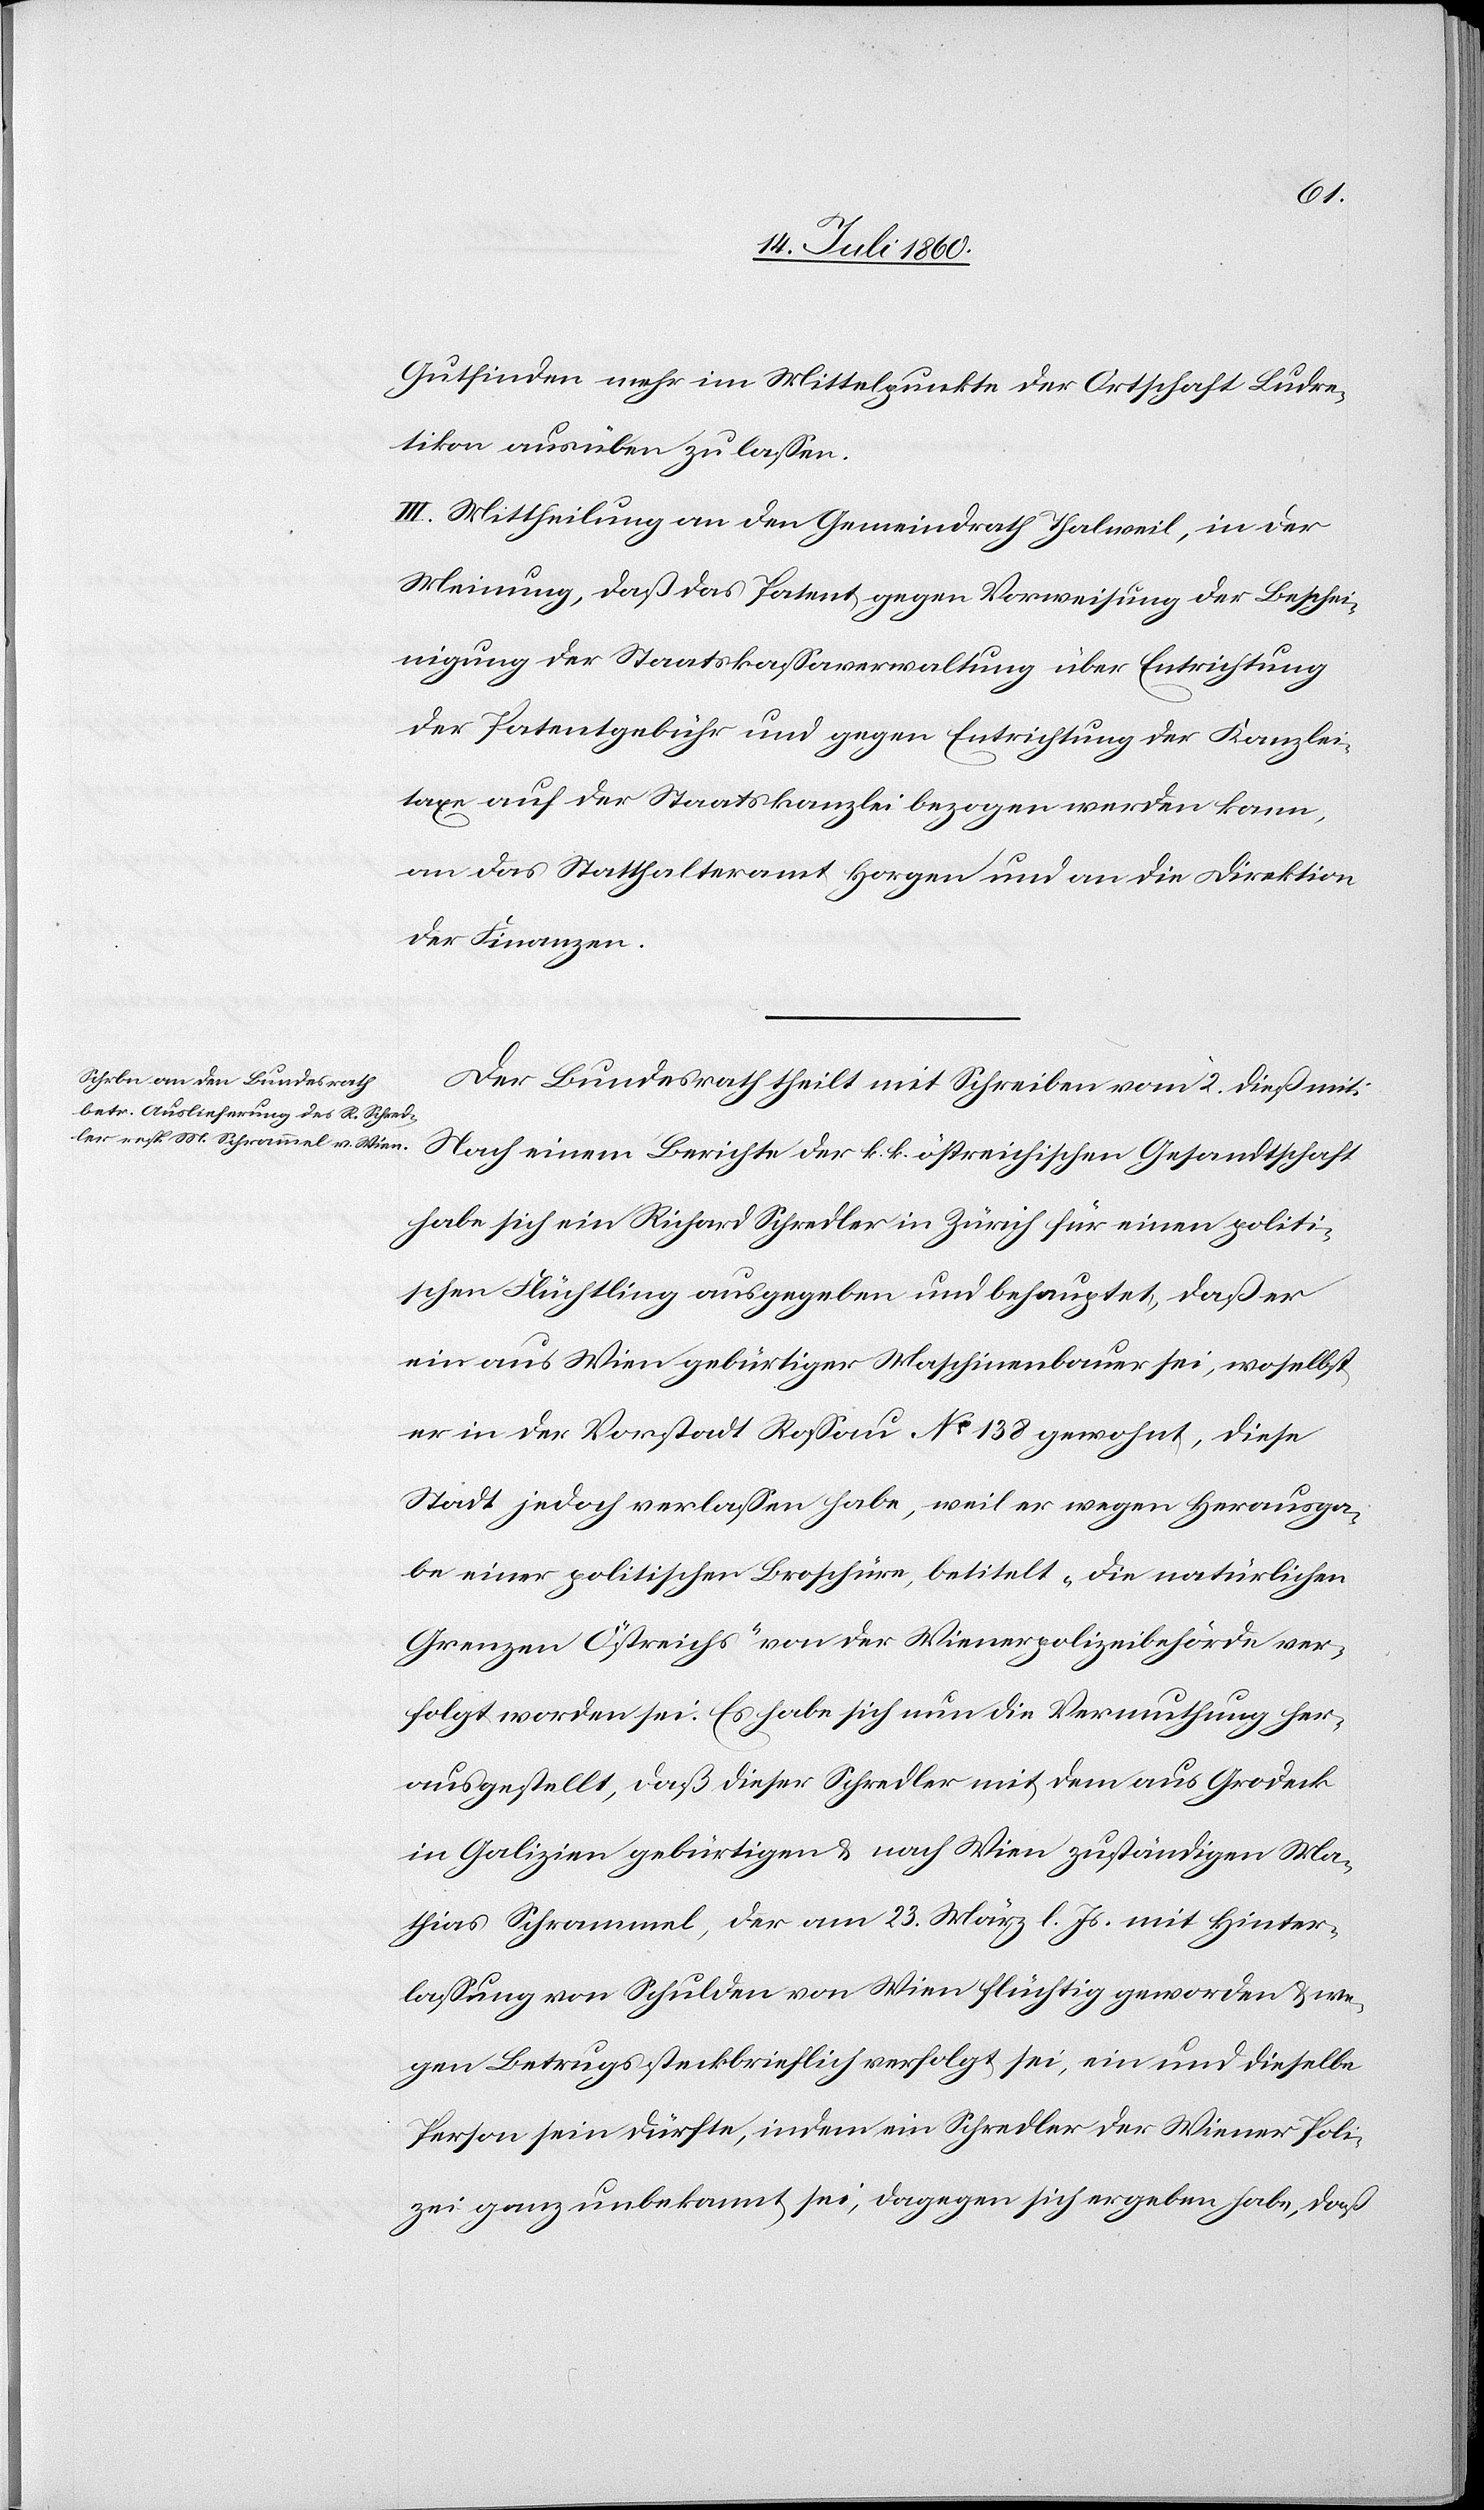
Gutfinden mehr im Mittelpunkte der Ortschaft Ludre¬
tikon ausüben zu lassen.
III. Mittheilung an den Gemeindrath Thalweil, in der
Meinung, daß das Patent gegen Vorweisung der Beschei¬
nigung der Staatskassaverwaltung über Entrichtung
der Patentgebühr und gegen Entrichtung der Kanzlei¬
taxe auf der Staatskanzlei bezogen werden kann,
an das Statthalteramt Horgen und an die Direktion
der Finanzen.
Der Bundesrath theilt mit Schreiben vom 2. dieß mit:
Nach einem Berichte der k. k. östreichischen Gesandtschaft
habe sich ein Richard Schredler in Zürich für einen politi¬
schen Flüchtling ausgegeben und behauptet, daß er
ein aus Wien gebürtiger Maschinenbauer sei, woselbst
er in der Vorstadt Rossau No. 138 gewohnt, diese
Stadt jedoch verlassen habe, weil er wegen Herausga¬
be einer politischen Broschüre, betitelt „Die natürlichen
Grenzen Östreichs“ von der Wienerpolizeibehörde ver¬
folgt worden sei. Es habe sich nun die Vermuthung her¬
ausgestellt, daß dieser Schredler mit dem aus Grodeck
in Galizien gebürtigen & nach Wien zuständigen Ma¬
thias Schrammel, der am 23. März l. Js. mit Hinter¬
lassung von Schulden von Wien flüchtig geworden & we¬
gen Betrugs steckbrieflich verfolgt sei, ein und dieselbe
Person sein dürfte, indem ein Schredler der Wiener Poli¬
zei ganz unbekannt sei, dagegen sich ergeben habe, daß